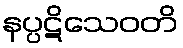
နပ္ပဋိသေဝတိ